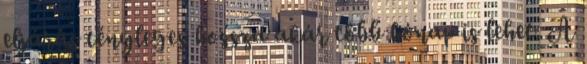
eljárás tényleges hossza akár több hónap is lehet. A